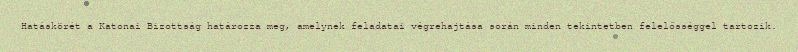
Hatáskörét a Katonai Bizottság határozza meg, amelynek feladatai végrehajtása során minden tekintetben felelősséggel tartozik.